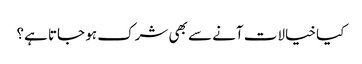
کیا خیالات آنے سے بھی شرک ہو جاتا ہے؟